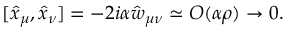
[ \hat { x } _ { \mu } , \hat { x } _ { \nu } ] = - 2 i \alpha \hat { w } _ { \mu \nu } \simeq O ( \alpha \rho ) \rightarrow 0 .